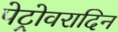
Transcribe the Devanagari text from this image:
पेट्रोवरादिन